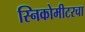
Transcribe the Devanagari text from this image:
स्निकोमीटरचा